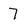
Character: 7